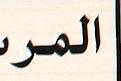
المر